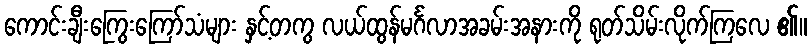
ကောင်းချီးကြွေးကြော်သံများ နှင့်တကွ လယ်ထွန်မင်္ဂလာအခမ်းအနားကို ရုတ်သိမ်းလိုက်ကြလေ ၏။